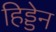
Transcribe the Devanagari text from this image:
हिड्डेन